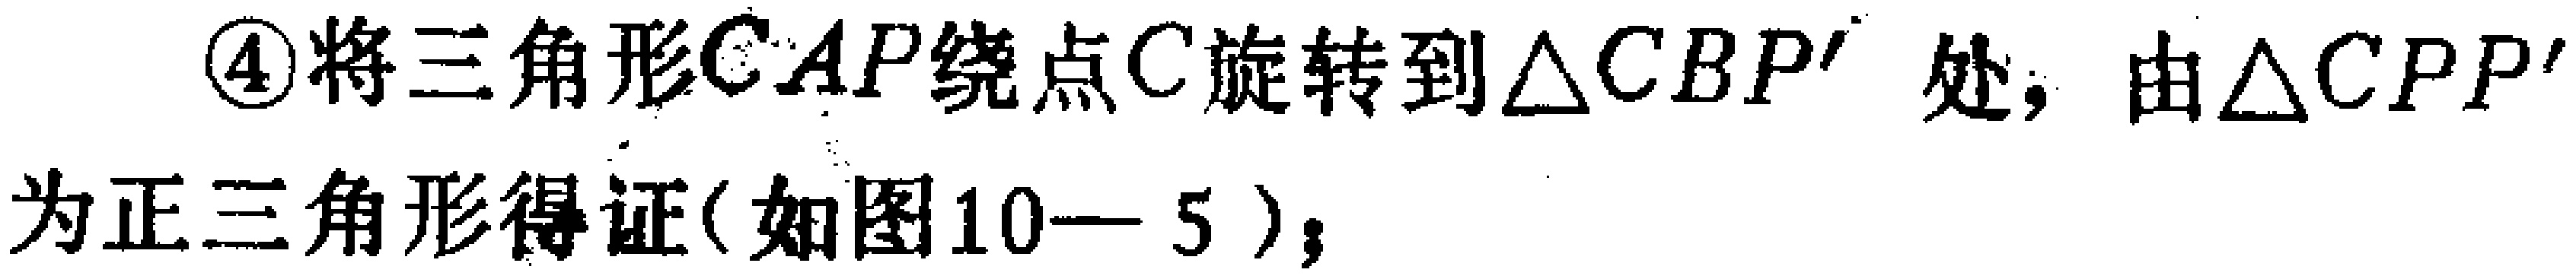
\textcircled{4}将三角形\(CAP\)绕点\(C\)旋转到\(\triangle CBP'\)处，由\(\triangle CPP'\)为正三角形得证(如图10—5)；